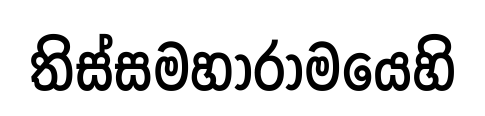
තිස්සමහාරාමයෙහි